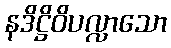
နဒိဋ္ဌိဝိပလ္လာသော